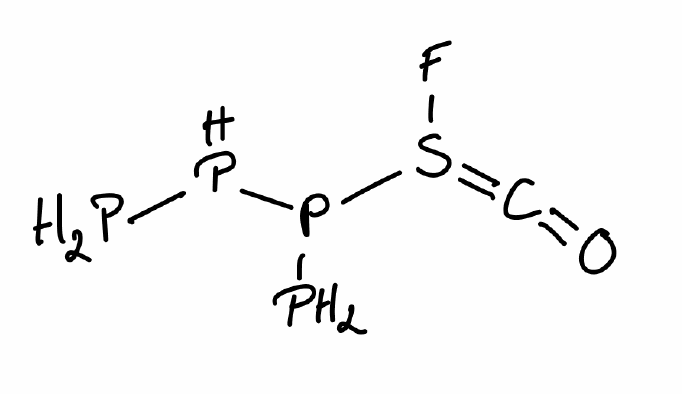
Simplified molecular-input line-entry system (SMILES) notation of the given molecule:
C(=O)=S(F)P(P)PP